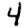
Digit: 4